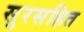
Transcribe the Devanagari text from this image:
सुरसहित